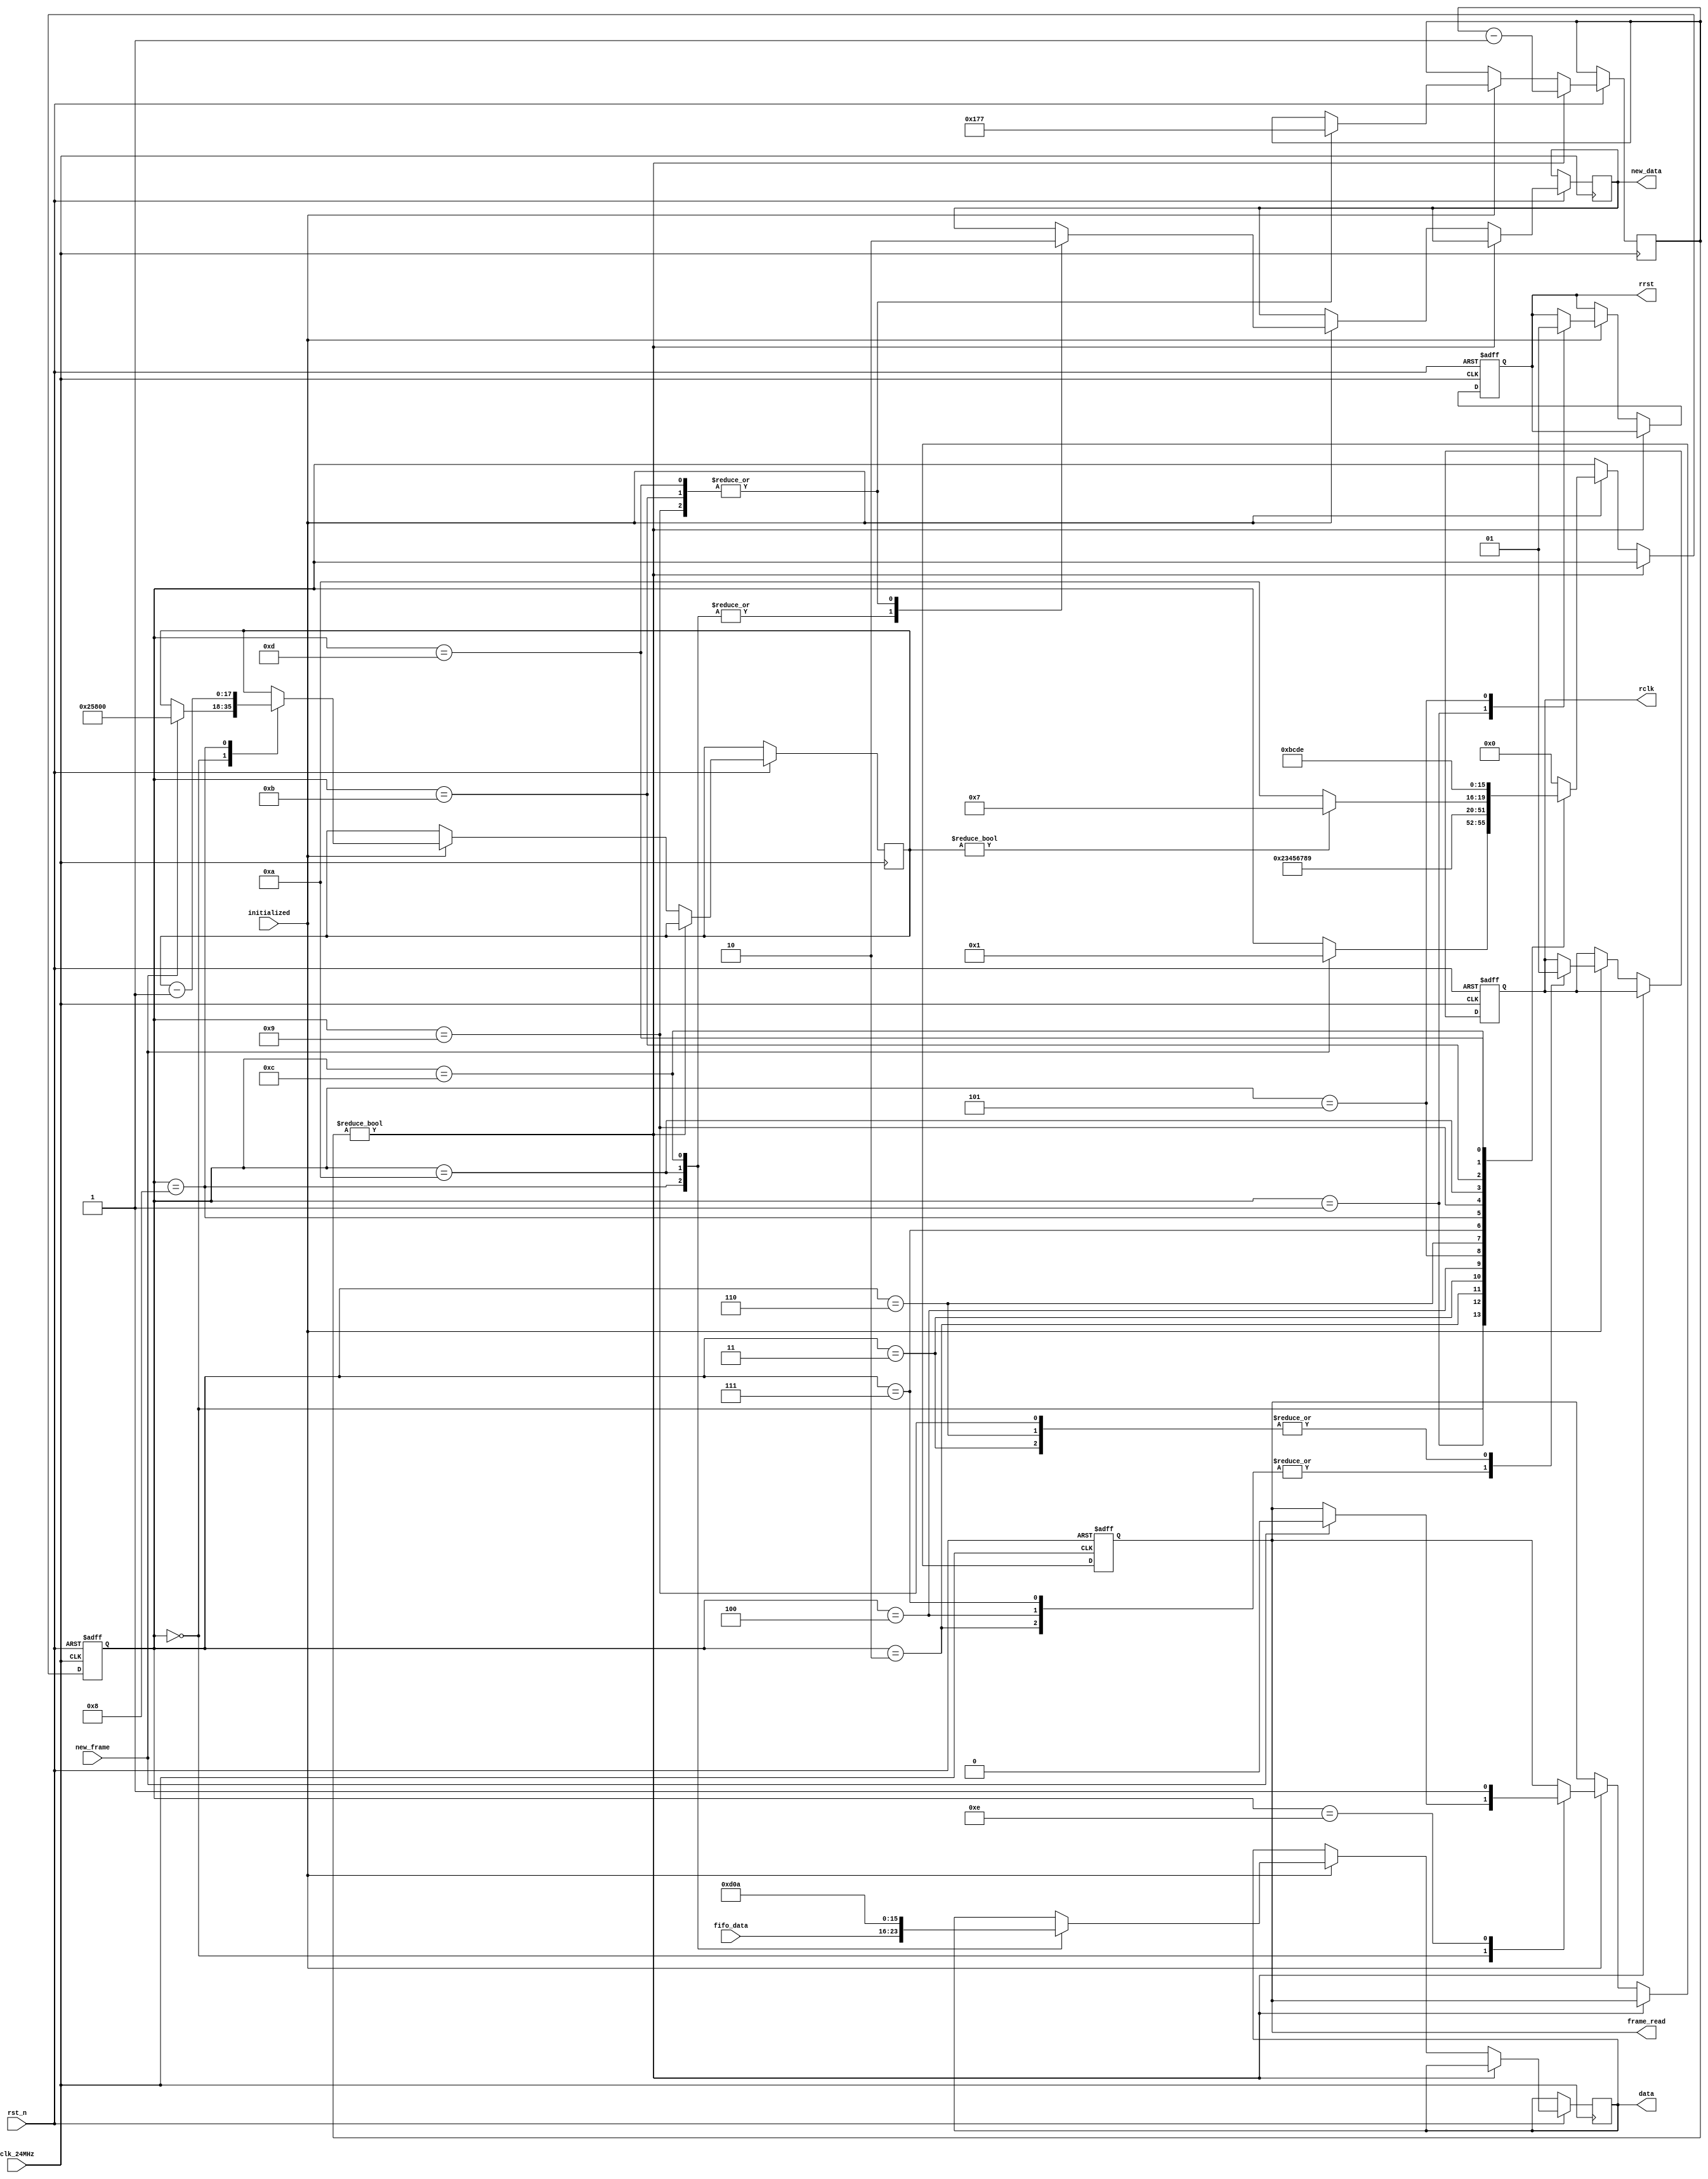
`timescale 1us / 1us

module OV_READ (
    input clk_24MHz,
    input rst_n,
    input initialized,
    input [7:0] fifo_data,
    output reg rclk = 1'b1,
    output reg rrst = 1'b1,
    input new_frame,
    output reg frame_read = 1'b1,
    output reg new_data = 1'b0,
    output reg[7:0] data
);
    localparam [8:0] cnt_15us = 9'd375;
    reg[8:0] delay_cnt = 1'd0;
    localparam [17:0] frame_bytes = 320 * 240 * 2;
    reg[17:0] bytes_remaining = frame_bytes;
    reg[3:0] state = 4'h0;
    always @(posedge clk_24MHz or negedge rst_n)
        if (!rst_n) begin 
            rclk <= 1'b1; rrst <= 1'b1;
            frame_read = 1'b1;
            state <= 4'h0;
        end else if (delay_cnt) delay_cnt <= delay_cnt - 1'd1;
        else if (initialized)
        case (state)
        4'h0: if (new_frame) begin
            frame_read <= 1'b0;
            bytes_remaining <= frame_bytes;
            state <= 4'h1;
        end
        4'h1: begin rrst <= 1'b0; state <= 4'h2; end
        4'h2: begin rclk <= 1'b0; state <= 4'h3; end
        4'h3: begin rclk <= 1'b1; state <= 4'h4; end
        4'h4: begin rclk <= 1'b0; state <= 4'h5; end
        4'h5: begin rrst <= 1'b1; state <= 4'h6; end
        4'h6: begin rclk <= 1'b1; state <= 4'h7; end
        4'h7: begin rclk <= 1'b0; state <= 4'h8; end
        4'h8: begin
            new_data <= 1'b1; data <= fifo_data;
            bytes_remaining <= bytes_remaining - 1'd1;
            state <= 4'h9;
        end
        4'h9: begin
            rclk <= 1'b1; new_data <= 1'b0;
            delay_cnt <= cnt_15us;
            state <= bytes_remaining ? 4'h7 : 4'hA;
        end
        4'hA: begin new_data <= 1'b1; data <= 8'h0D; state <= 4'hB; end
        4'hB: begin new_data <= 1'b0; delay_cnt <= cnt_15us; state <= 4'hC; end
        4'hC: begin new_data <= 1'b1; data <= 8'h0A; state <= 4'hD; end
        4'hD: begin new_data <= 1'b0; delay_cnt <= cnt_15us; state <= 4'hE; end
        4'hE: begin frame_read <= 1'b1; state <= 4'h0; end
        default: state <= 4'h0;
        endcase
endmodule